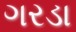
ગરડા